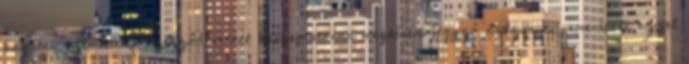
bagolai szeméttelep szerződésekkel kapcsolatosan megkérem jegyző asszonyt, ismertesse ezzel